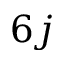
6 j